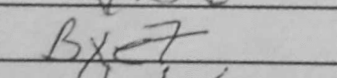
Transcription: Bxe7